Report on the bubonic plague in Bombay, 1896-1897
Year: 1896
Disease focus: Plague
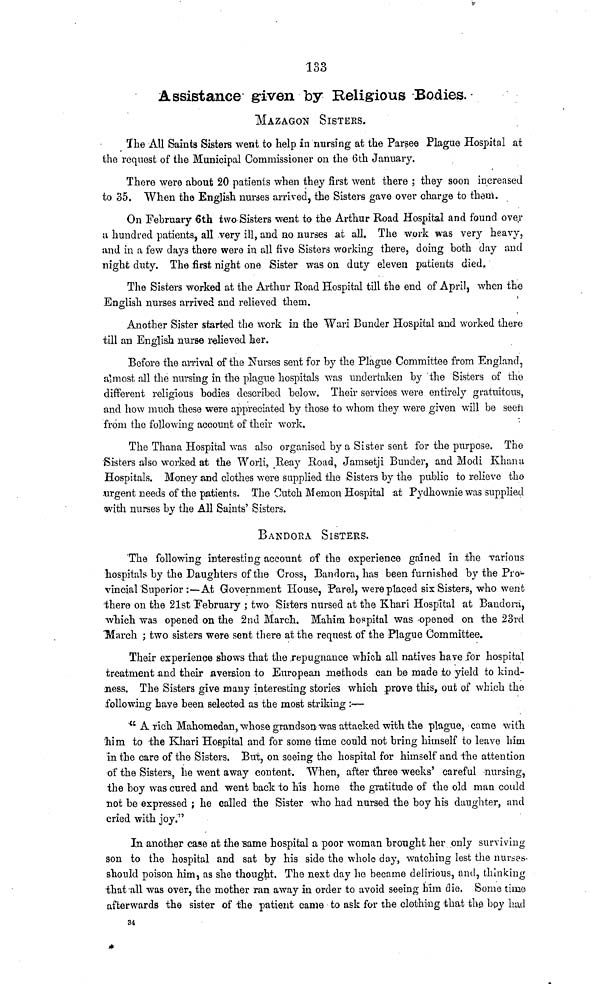
133
Assistance given by Religious Bodies.
MAZAGON SISTERS.
The All Saints Sisters went to help in nursing at the Parsee Plague Hospital at
the request of the Municipal Commissioner on the 6th January.
There were about 20 patients when they first went there ; they soon increased
to 35. When the English nurses arrived, the Sisters gave over charge to them.
On February 6th two Sisters went to the Arthur Road Hospital and found over
u hundred patients, all very ill, and no nurses at all. The work was very heavy,
and in a few days there were in all five Sisters working there, doing both day and
night duty. The first night one Sister was on duty eleven patients died.
The Sisters worked at the Arthur Road Hospital till the end of April, when the
English nurses arrived and relieved them.
Another Sister started the work in the Wari Bunder Hospital and worked there
till an English nurse relieved her.
Before the arrival of the Nurses sent for by the Plague Committee from England,
almost all the nursing in the plague hospitals was undertaken by the Sisters of the
different religious bodies described below. Their services were entirely gratuitous,
and how much these were appreciated by those to whom they were given will be seen
from the following account of their work.
The Thana Hospital was also organised by a Sister sent for the purpose. The
Sisters also worked at the Worli, Reay Road, Jamsetji Bunder, and Modi Khana
Hospitals. Money and clothes were supplied the Sisters by the public to relieve the
urgent needs of the patients. The Cutch Memon Hospital at Pydhownie was supplied
with nurses by the All Saints' Sisters.
BANDORA SISTERS.
The following interesting account of the experience gained in the various
hospitals by the Daughters of the Cross, Bandora, has been furnished by the Pro-
vincial'Superior :—At Government House, Parel, were placed six Sisters, who went
there on the 21st February ; two Sisters nursed at the Khari Hospital at Bandora,
winch was opened on the 2nd March. Mahim hospital was opened on the 23rd
March ; two sisters were sent there at the request of the Plague Committee.
Their experience shows that the repugnance which all natives have for hospital
treatment and their aversion to European methods can be made to yield to kind-
ness. The Sisters give many interesting stories which prove this, out of which the
following have been selected as the most striking :—
"A rich Mahomedan, whose grandson was attacked with the plague, came with
him to the Khari Hospital and for some time could not bring himself to leave him
in the care of the Sisters. But, on seeing the hospital for himself and the attention
of the Sisters, he went away content. When, after three weeks' careful nursing,
the boy was cured and went back to his home the gratitude of the old man could
not be expressed ; he called the Sister who had nursed the boy his daughter, and
cried with joy."
In another case at the same hospital a poor woman brought her only surviving
son to the hospital and sat by his side the whole day, watching lest the nurses-
should poison him, as she thought. The next clay he became delirious, and, thinking
that all was over, the mother ran away in order to avoid seeing him die. Some time
afterwards the sister of the patient came to ask for the clothing that the boy had
34